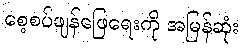
စေ့စပ်ဖျန်ဖြေရေးကို အမြန်ဆုံး